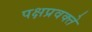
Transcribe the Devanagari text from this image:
पक्षप्रवक्ते